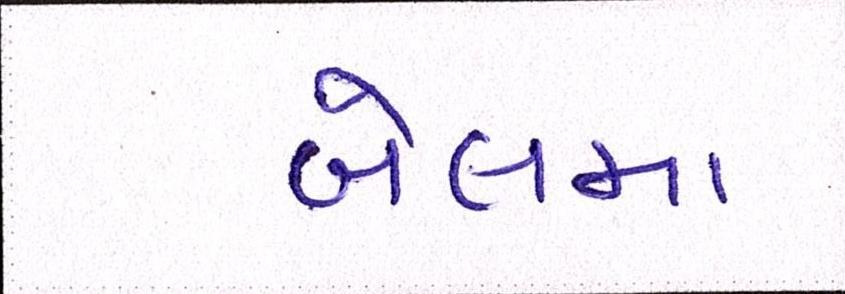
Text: બેલમાં